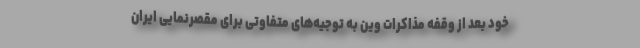
خود بعد از وقفه مذاکرات وین به توجیه‌های متفاوتی برای مقصرنمایی ایران